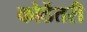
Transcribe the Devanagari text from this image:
कोठेंतरी